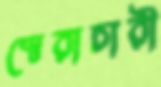
স্বেরাচারী